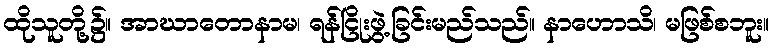
ထိုသူတို့၌။ အာဃာတောနာမ၊ ရန်ငြိုးဖွဲ့ခြင်းမည်သည်။ နာဟောသိ၊ မဖြစ်စဘူး။